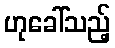
ဟုခေါ်သည့်